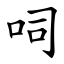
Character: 呞